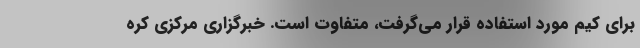
برای کیم مورد استفاده قرار می‌گرفت، متفاوت است. خبرگزاری مرکزی کره